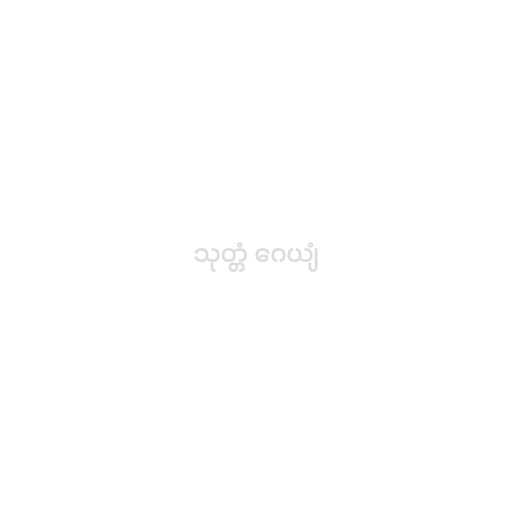
သုတ္တံ ဂေယျံ